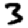
Digit: 3